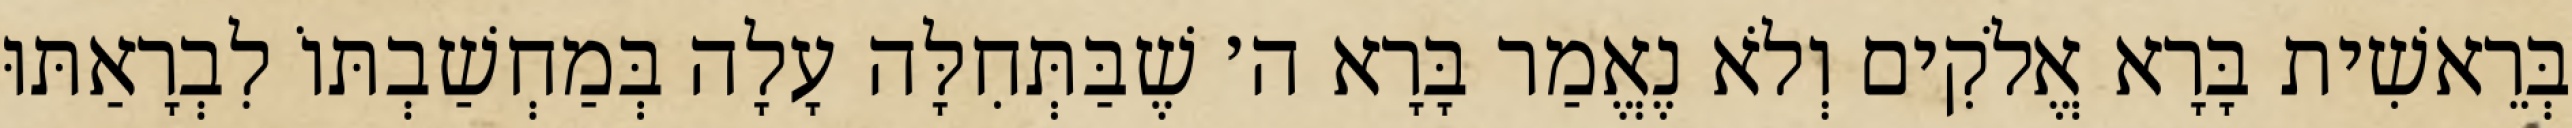
בְּרֵאשִׁית בָּרָא אֱלֹקִים וְלֹא נֶאֱמַר בָּרָא ה׳ שֶׁבַּתְּחִלָּה עָלָה בְּמַחְשַׁבְתּוֹ לִבְרָאַתּוּ